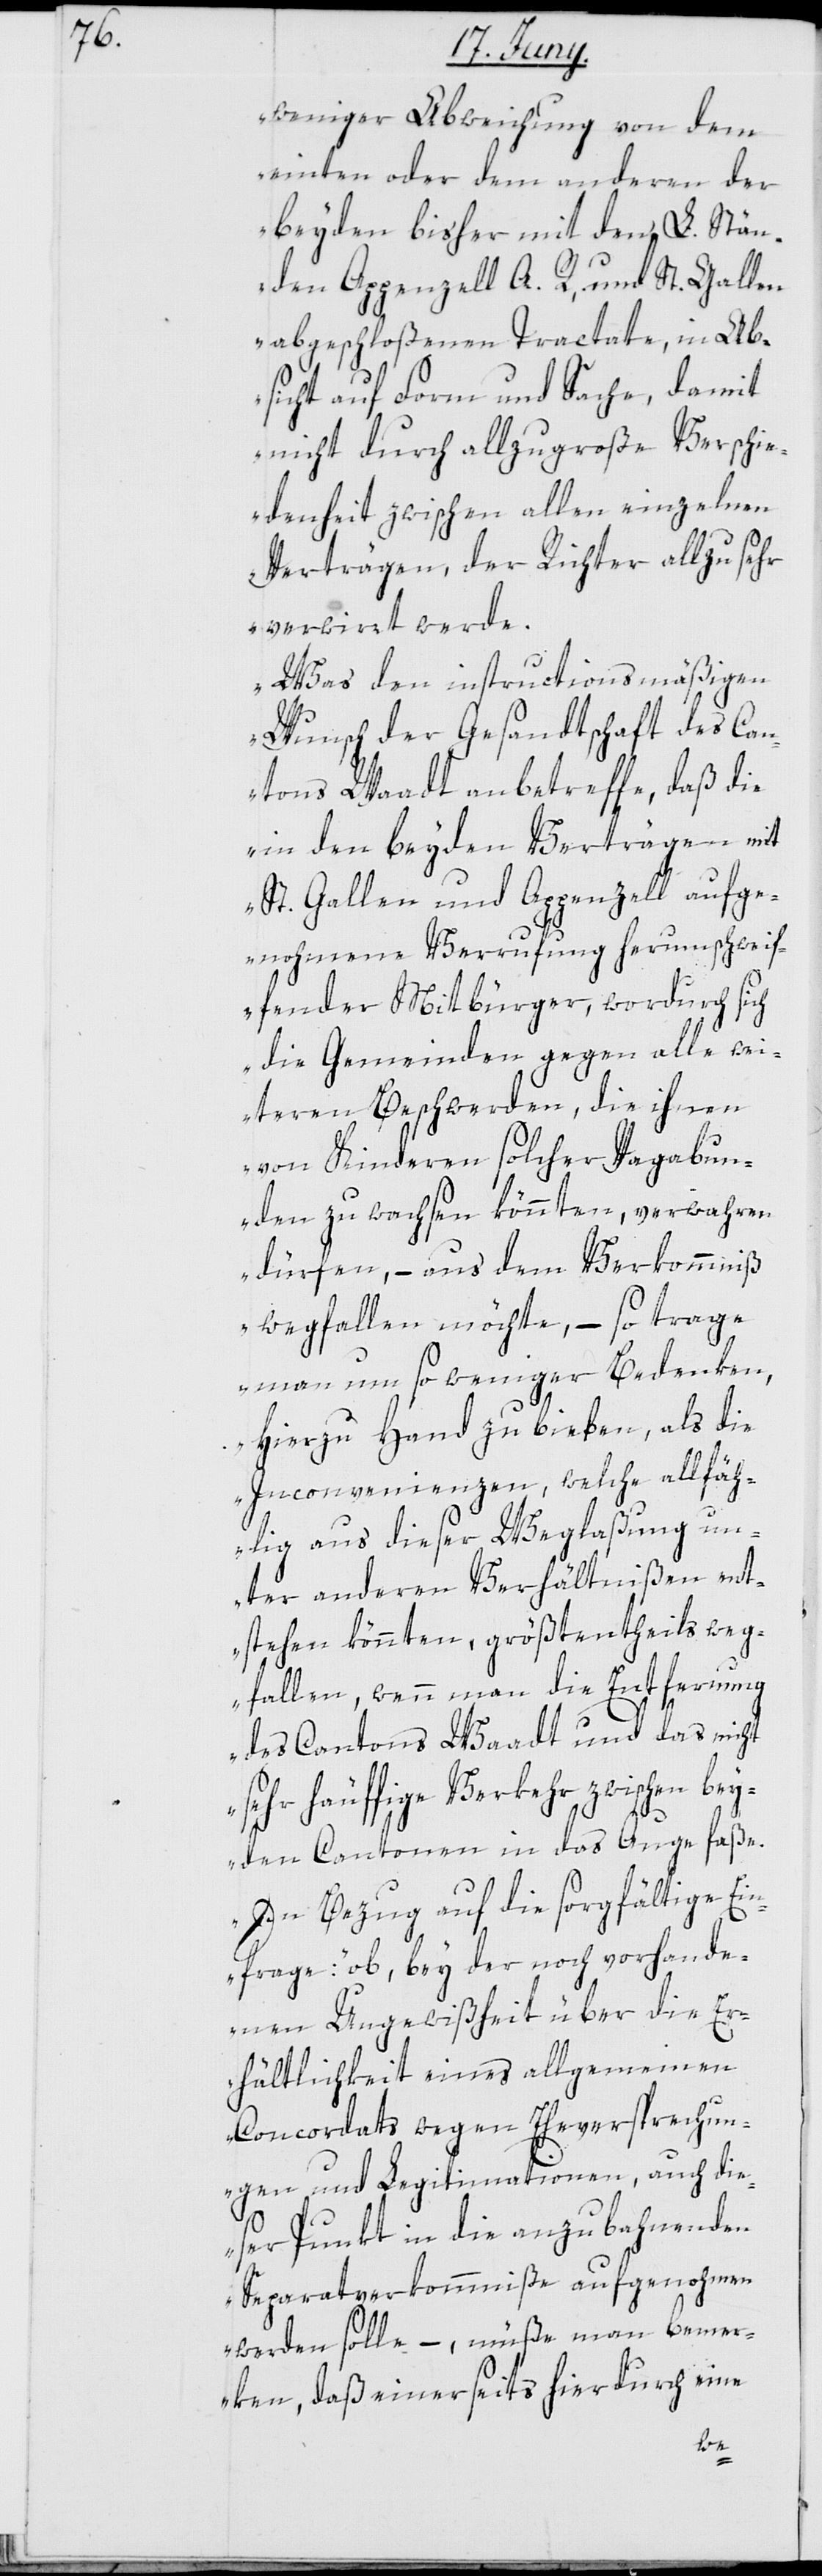
weniger Abweichung von dem
einten oder dem anderen der
beyden bisher mit den L. Stän¬
den Appenzell A. R, und St. Gallen
abgeschloßenen Tractate, in Ab¬
sicht auf Form und Sache, damit
nicht durch allzugroße Verschie¬
denheit zwischen allen einzelnen
Verträgen, der Richter allzu sehr
verwirrt werde.
Was den instructionsmäßigen
Wunsch der Gesandtschaft des Can¬
tons Waadt anbetreffe, daß die
in den beyden Verträgen mit
St. Gallen und Appenzell aufge¬
nohmene Verrufung herumschweif¬
fender Mitbürger, wordurch sich
die Gemeinden gegen alle wei¬
teren Beschwerden, die ihnen
von Kinderen solcher Vagabun¬
den zu wachsen könnten, verwahren
dürfen, – aus dem Verkommniß
wegfallen möchte, – so trage
man um so weniger Bedenken,
hierzu Hand zu bie[?t]en, als die
Inconvenienzen, welche allfäh¬
lig aus dieser Weglaßung un¬
ter anderen Verhältnißen ent¬
stehen könnten, größtentheils weg¬
fallen, wenn man die Entfernung
des Cantons Waadt und das nicht
sehr häuffige Verkehr zwischen bey¬
den Cantonen in das Auge faße.
In Bezug auf die sorgfältige Ein¬
frage: ob, bey der noch vorhande¬
nen Ungewißheit über die Er¬
hältlichkeit eines allgemeinen
Concordats wegen Eheversprechun¬
gen und Legitimationen, auch die¬
ser Punkt in die anzubahnenden
Separatverkommniße aufgenohmen
werden solle, – müße man bemer¬
ken, daß einerseits hierdurch eine